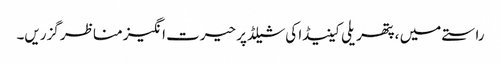
راستے میں ، پتھریلی کینیڈا کی شیلڈ پر حیرت انگیز مناظر گزریں۔